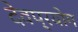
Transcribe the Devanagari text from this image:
देवप्रयोग